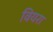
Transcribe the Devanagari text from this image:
वियरा